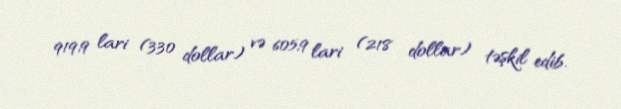
919,9 lari (330 dollar) və 605,9 lari (218 dollar) təşkil edib.